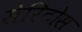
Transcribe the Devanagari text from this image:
सेरिटोस